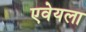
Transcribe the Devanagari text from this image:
एवेयला